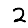
Digit: 2